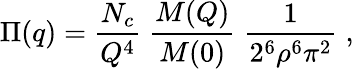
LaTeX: \Pi(q)=\frac{N_{c}}{Q^{4}}\; \frac{M(Q)}{M(0)}\; \frac{1}{2^{6}\rho^{6}\pi^{2}}\; ,